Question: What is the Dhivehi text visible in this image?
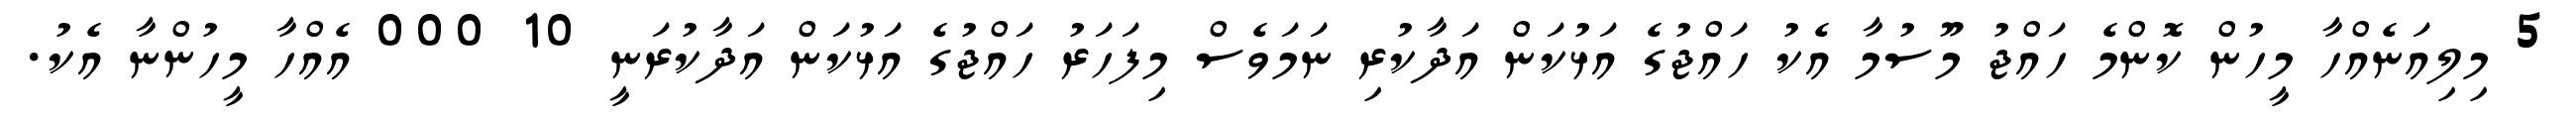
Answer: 5 މިލިއަނެއްހާ މީހުން ކޮންމެ ހައްޖު މޫސުމާ އެކު ހައްޖުގެ އަޅުކަން އަދާކުރި ނަމަވެސް މިފަހަރު ހައްޖުގެ އަޅުކަން އަދާކުރަނީ 10 000 އެއްހާ މީހުންނާ އެކު.